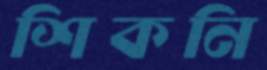
শিকনি